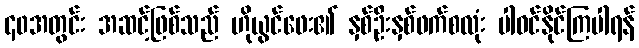
၄၀အတွင်း အဆင့်ဖြစ်သည် ဟိုယွင်ဖေး၏ နှစ်ဦးနှစ်ဖက်စလုံး ပါဝင်နိုင်ကြပါရန်